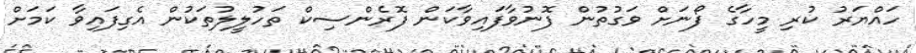
ހައްޔަރު ކުރި މީހާގެ ފޯނަށް ވަގުތުން ފޮނުވާފައިވާކަން ފޮރެންސިކް ތަހުލީލުތަކުން އެގިފައިވާ ކަމަށް